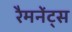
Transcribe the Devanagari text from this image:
रैमनेंट्स